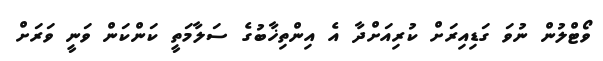
ވޯޓްލުން ނުވަ ގަޑިއިރަށް ކުރިއަށްދާ އެ އިންތިޚާބުގެ ސަލާމަތީ ކަންކަން ވަނީ ވަރަށް